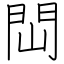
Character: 閊